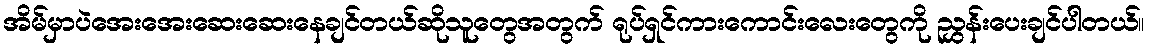
အိမ်မှာပဲအေးအေးဆေးဆေးနေချင်တယ်ဆိုသူတွေအတွက် ရုပ်ရှင်ကားကောင်းလေးတွေကို ညွှန်းပေးချင်ပါတယ်။